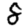
Digit: 8